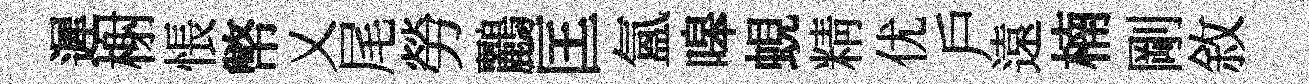
遲榭悵幣乂尾勞鸝匡氳嗥蜆精优戶遠楠剛敘